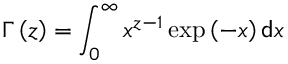
\Gamma \left( z \right) = \int _ { 0 } ^ { \infty } x ^ { z - 1 } \exp \left( - x \right) \mathsf { d } x